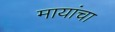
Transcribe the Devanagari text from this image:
मायांचा